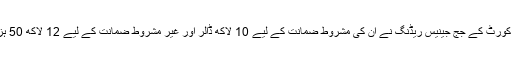
ہینے پن کاؤنٹی ڈسٹرکٹ کورٹ کے جج جینیس ریڈنگ نے ان کی مشروط ضمانت کے لیے 10 لاکھ ڈالر اور غیر مشروط ضمانت کے لیے 12 لاکھ 50 ہزار ڈالر کی رقم مقرر کی۔